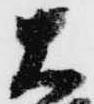
大